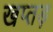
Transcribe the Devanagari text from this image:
खप्तड़